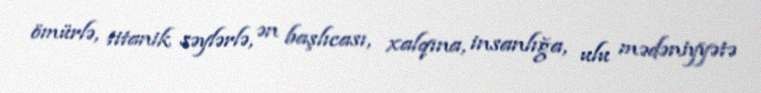
ömürlə, titanik səylərlə, ən başlıcası, xalqına, insanlığa, ulu mədəniyyətə